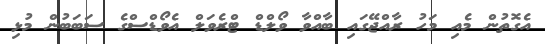
އެގޮތުން މެއި މަހު ރާއްޖޭގައި ބާއްވާ ވޯލްޑް ޓްރެވަލް އެވޯޑްސްގެ ސަބަބުން މުޅި